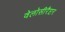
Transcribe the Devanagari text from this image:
वेलोसीरैप्टर